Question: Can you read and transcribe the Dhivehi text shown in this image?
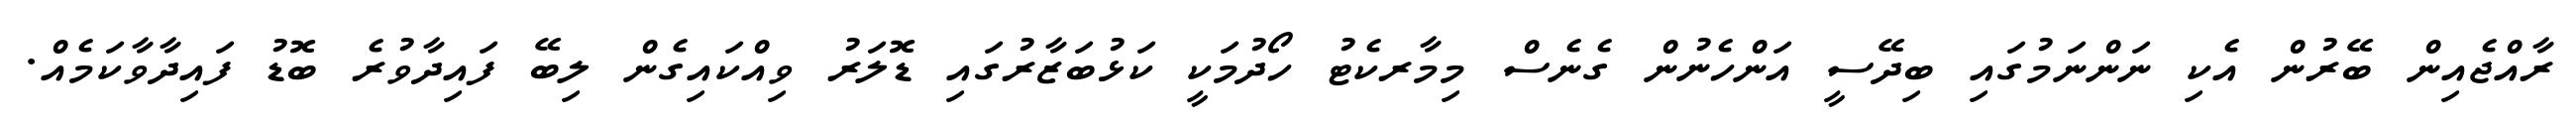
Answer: ރާއްޖެއިން ބޭރުން އެކި ނަންނަމުގައި ބިދޭސީ އަންހެނުން ގެނެސް މިމާރކެޓު ހޯދުމަކީ ކަޅުބަޒާރުގައި ޑޮލަރު ވިއްކައިގެން ލިބޭ ފައިދާވުރެ ބޮޑު ފައިދާވާކަމެއް.